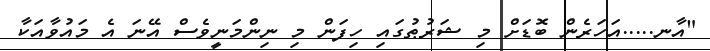
"އާނ.....އަހަރެން ބޮޑަށް މި ޝަރުޠުގައި ހިފަން މި ނިންމަނީވެސް އޭނަ އެ މައުވާއަކާ